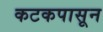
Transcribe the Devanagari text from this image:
कटकपासून